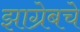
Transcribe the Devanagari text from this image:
झाग्रेबचे